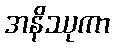
အနိဿုကာ